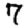
Digit: 7